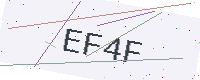
Text: EF4F